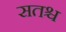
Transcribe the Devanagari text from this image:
सतश्च